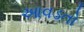
આવડતો